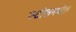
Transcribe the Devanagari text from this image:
स्टीलमधील